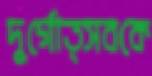
দুর্গোত্সবকে